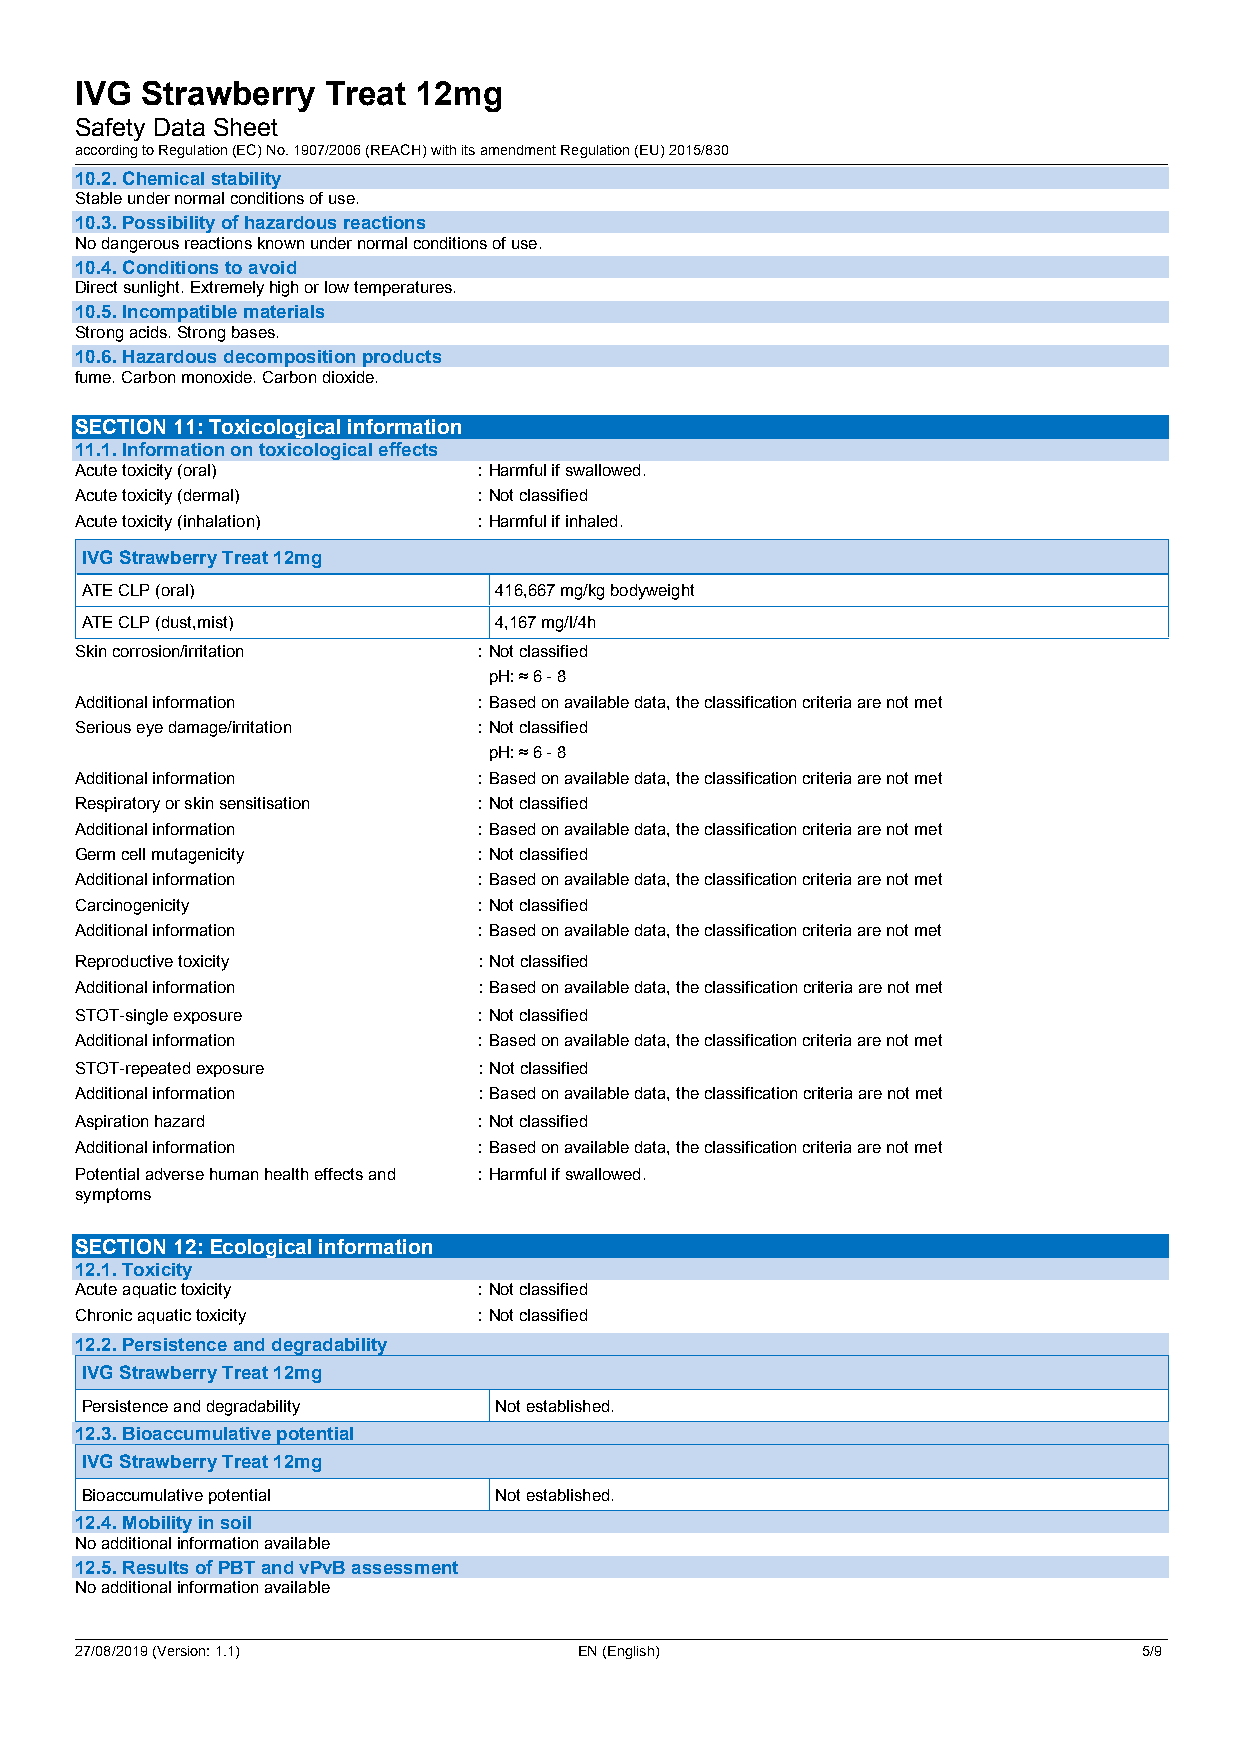
IVG Strawberry   Treat 12mg
 Safety Data Sheet
 according to Regulation (EC) No. 1907/2006 (REACH) with its amendment Regulation (EU) 2015/830
 10.2. Chemical stability
 Stable under normal conditions of use.
 10.3. Possibility of hazardous reactions
 No dangerous reactions known under normal conditions of use.
 10.4. Conditions to avoid
 Direct sunlight. Extremely high or low temperatures.
 10.5. Incompatible materials
 Strong acids. Strong bases.
 10.6. Hazardous decomposition products
 fume. Carbon monoxide. Carbon dioxide.
 SECTION 11: Toxicological information
 11.1. Information on toxicological effects
 Acute toxicity (oral)      :Harmful if swallowed.
 Acute toxicity (dermal)    :Not classified
 Acute toxicity (inhalation) :Harmful if inhaled.
 IVG Strawberry Treat 12mg
 ATE CLP (oral)              416,667 mg/kg bodyweight
 ATE CLP (dust,mist)         4,167 mg/l/4h
 Skin corrosion/irritation  :Not classified
 pH: ≈ 6 - 8
 Additional information     :Based on available data, the classification criteria are not met
 Serious eye damage/irritation :Not classified
 pH: ≈ 6 - 8
 Additional information     :Based on available data, the classification criteria are not met
 Respiratory or skin sensitisation :Not classified
 Additional information     :Based on available data, the classification criteria are not met
 Germ cell mutagenicity     :Not classified
 Additional information     :Based on available data, the classification criteria are not met
 Carcinogenicity            :Not classified
 Additional information     :Based on available data, the classification criteria are not met
 Reproductive toxicity      :Not classified
 Additional information     :Based on available data, the classification criteria are not met
 STOT-single exposure       :Not classified
 Additional information     :Based on available data, the classification criteria are not met
 STOT-repeated exposure     :Not classified
 Additional information     :Based on available data, the classification criteria are not met
 Aspiration hazard          :Not classified
 Additional information     :Based on available data, the classification criteria are not met
 Potential adverse human health effects and :Harmful if swallowed.
 symptoms
 SECTION 12: Ecological information
 12.1. Toxicity
 Acute aquatic toxicity     :Not classified
 Chronic aquatic toxicity   :Not classified
 12.2. Persistence and degradability
 IVG Strawberry Treat 12mg
 Persistence and degradability Not established.
 12.3. Bioaccumulative potential
 IVG Strawberry Treat 12mg
 Bioaccumulative potential   Not established.
 12.4. Mobility in soil
 No additional information available
 12.5. Results of PBT and vPvB assessment
 No additional information available
 27/08/2019 (Version: 1.1)        EN (English)                          5/9